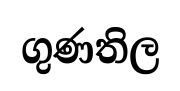
ගුණතිල